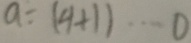
a \div ( 9 + 1 ) \cdots 0